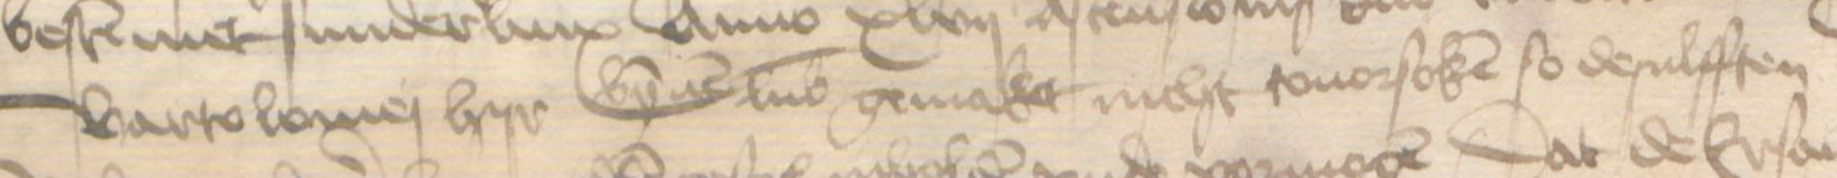
Transcription: Bartolomej hyr bynnen Lubek gemaket nicht touorsoken so desulfften